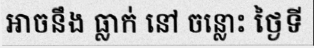
អាចនឹង ធ្លាក់ នៅ ចន្លោះ ថ្ងៃទី